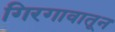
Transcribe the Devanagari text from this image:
गिरगावातून